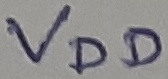
Text: VDD